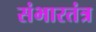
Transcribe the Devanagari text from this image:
संभारतंत्र